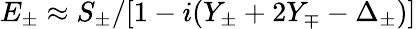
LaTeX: E_{\pm}\approx S_{\pm}/[1-i(Y_{\pm}+2Y_{\mp}-\Delta_{\pm})]